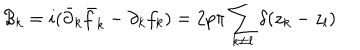
LaTeX: { \cal B } _ { k } = i ( { \bar { \partial } _ { k } } { \bar { f } } _ { k } - { \partial } _ { k } f _ { k } ) = 2 p \pi \sum _ { k \neq l } \delta ( z _ { k } - z _ { l } )